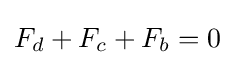
F_{d}+F_{c}+F_{b}=0